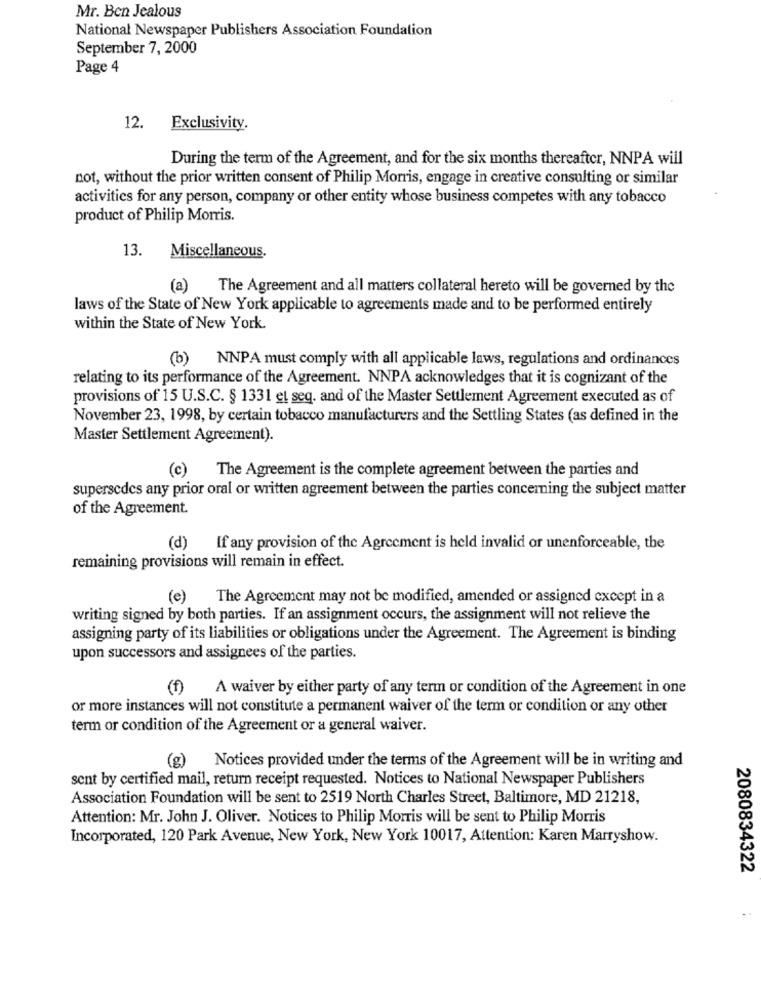
Mr. Ben Jealous
National Newspaper Publishers Association Foundation
September 7, 2000
Page 4
12. Exclusivity.
During the term of the Agreement, and for the six months thereafter, NNPA will
not, without the prior written consent of Philip Morris, engage in creative consulting or similar
activities for any person, company or other entity whose business competes with any tobacco
product of Philip Morris.
13.
Miscellaneous.
(a)
The Agreement and all matters collateral hereto will be governed by the
laws of the State of New York applicable to agreements made and to be performed entirely
within the State of New York.
(b) NNPA must comply with all applicable laws, regulations and ordinances
relating to its performance of the Agreement. NNPA acknowledges that it is cognizant of the
provisions of 15 U.S.C. § 1331 et seq. and of the Master Settlement Agreement executed as of
November 23, 1998, by certain tobacco manufacturers and the Settling States (as defined in the
Master Settlement Agreement).
(c)
The Agreement is the complete agreement between the parties and
supersedes any prior oral or written agreement between the parties concerning the subject matter
of the Agreement.
(d) If any provision of the Agreement is held invalid or unenforceable, the
remaining provisions will remain in effect.
(e) The Agreement may not be modified, amended or assigned except in a
writing signed by both parties. If an assignment occurs, the assignment will not relieve the
assigning party of its liabilities or obligations under the Agreement. The Agreement is binding
upon successors and assignees of the parties.
(f)
A waiver by either party of any term or condition of the Agreement in one
or more instances will not constitute a permanent waiver of the term or condition or any other
term or condition of the Agreement or a general waiver.
(g) Notices provided under the terms of the Agreement will be in writing and
sent by certified mail, return receipt requested. Notices to National Newspaper Publishers
Association Foundation will be sent to 2519 North Charles Street, Baltimore, MD 21218,
Attention: Mr. John J. Oliver. Notices to Philip Morris will be sent to Philip Morris
Incorporated, 120 Park Avenue, New York, New York 10017, Attention: Karen Marryshow.
2080834322